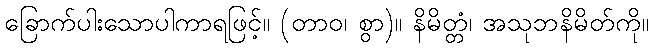
ခြောက်ပါးသောပါကာရဖြင့်။ (တာဝ၊ စွာ)။ နိမိတ္တံ၊ အသုဘနိမိတ်ကို။